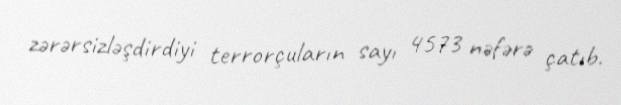
zərərsizləşdirdiyi terrorçuların sayı 4573 nəfərə çatıb.